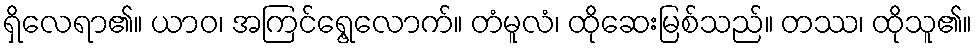
ရှိလေရာ၏။ ယာဝ၊ အကြင်ရွေ့လောက်။ တံမူလံ၊ ထိုဆေးမြစ်သည်။ တဿ၊ ထိုသူ၏။